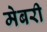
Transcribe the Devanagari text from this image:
मेबरी